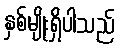
နှစ်မျိုးရှိပါသည်